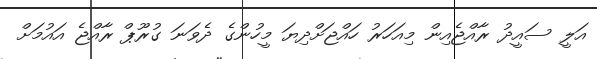
އަލީ ސައީދު ރާއްޖެއިން މިއަހަރު ހައްޖަށްދިޔަ މީހުންގެ ދެވަނަ ގުރޫޕް ރާއްޖެ އައުމަށް